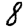
Digit: 8